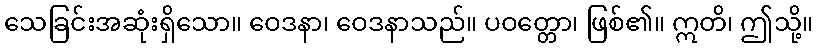
သေခြင်းအဆုံးရှိသော။ ဝေဒနာ၊ ဝေဒနာသည်။ ပဝတ္တော၊ ဖြစ်၏။ ဣတိ၊ ဤသို့။